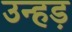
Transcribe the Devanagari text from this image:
उन्हड़